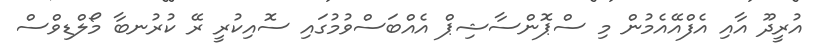
އުރީދޫ އާއި އެފްއޭއެމުން މި ސްޕޮންސާޝިޕް އެއްބަސްވުމުގައި ސޮއިކުރީ ރޭ ކުރުނބާ މޯލްޑިވްސް